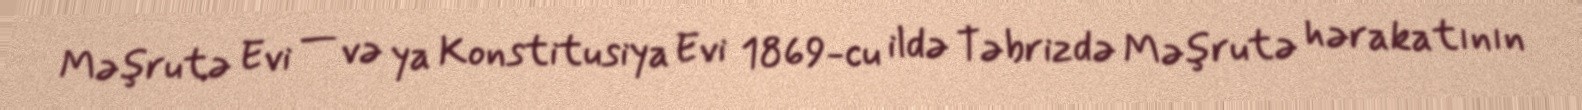
Məşrutə Evi — və ya Konstitusiya Evi 1869-cu ildə Təbrizdə Məşrutə hərakatının